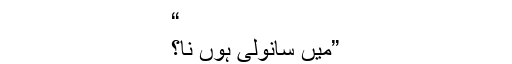
“
”میں سانولی ہوں نا؟